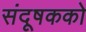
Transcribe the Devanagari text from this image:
संदूषकको